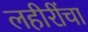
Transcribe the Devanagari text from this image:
लहीरींचा